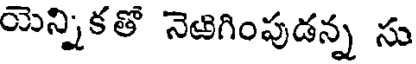
యెన్నికతో నెజిగింపుడన్న సు